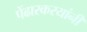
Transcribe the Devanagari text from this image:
पेंढारकरयांनी